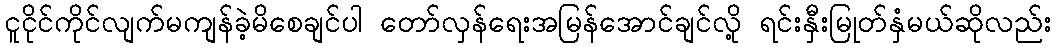
ငူငိုင်ကိုင်လျက်မကျန်ခဲ့မိစေချင်ပါ တော်လှန်ရေးအမြန်အောင်ချင်လို့ ရင်းနှီးမြုတ်နှံမယ်ဆိုလည်း